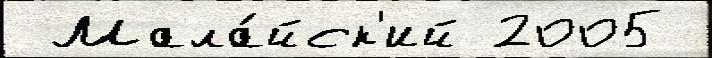
 Мала́йск'ий 2005